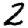
Digit: 2